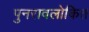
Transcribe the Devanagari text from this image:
पुनरावलोकित